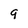
Character: 9